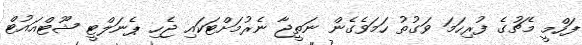
ފަހްމީ މެޗުގެ ފުރިހަމަ ވަގުތު ހަމަވެގެން ނަތީޖާ ނެރުމަށްޓަކައި ޖެހި ޕެނަލްޓީ ޝޫޓްއައުޓް